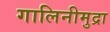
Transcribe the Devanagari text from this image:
गालिनीमुद्रा